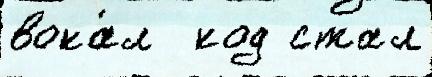
вока́л  код стал